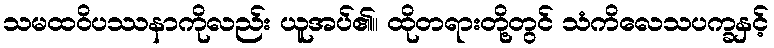
သမထဝိပဿနာကိုလည်း ယူအပ်၏။ ထိုတရားတို့တွင် သံကိလေသပက္ခနှင့်